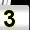
Digit: 3